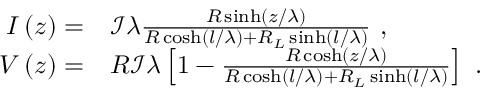
\begin{array} { r l } { I \left( z \right) = } & { { } \mathcal { I } \lambda \frac { R \sinh \left( z / \lambda \right) } { R \cosh \left( l / \lambda \right) + R _ { L } \sinh \left( l / \lambda \right) } \mathrm { ~ , ~ } } \\ { V \left( z \right) = } & { { } R \mathcal { I } \lambda \left[ 1 - \frac { R \cosh \left( z / \lambda \right) } { R \cosh \left( l / \lambda \right) + R _ { L } \sinh \left( l / \lambda \right) } \right] \mathrm { ~ . ~ } } \end{array}